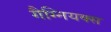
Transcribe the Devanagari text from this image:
गैग्नियक्स